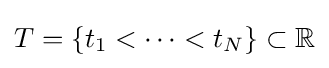
T=\{t_{1}<\cdots <t_{N}\}\subset \mathbb {R}